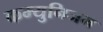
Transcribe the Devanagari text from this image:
कम्युनिजम